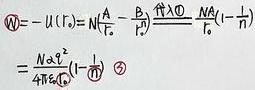
\[
\begin{align*}
W&=-U(r_0)=\mathrm{N}\left(\frac{A}{r_0^m}-\frac{B}{r_0^n}\right)\xrightarrow{\text{代入}\enclose{circle}{1}}\frac{\mathrm{N}A}{r_0^m}\left(1-\frac{n}{m}\right)\\
&=\frac{\mathrm{N}nA}{4mB}\left(1-\frac{n}{m}\right)\quad\enclose{circle}{2}
\end{align*}
\]